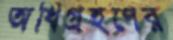
অধিগ্রহণের